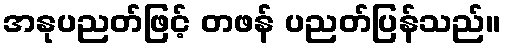
အနုပညတ်ဖြင့် တဖန် ပညတ်ပြန်သည်။